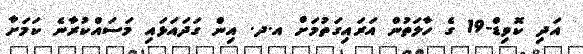
އަދި ކޮވިޑް-19 ގެ ހާލަތުން އަރައިގަތުމަށް އ.ދ. އިން ގަދައަޅައި މަސައްކުރާނެ ކަމަށާ